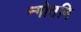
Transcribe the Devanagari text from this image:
न्गोतनि